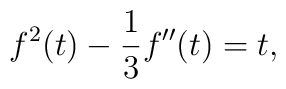
f^2(t)-{1\over 3}f''(t)=t,